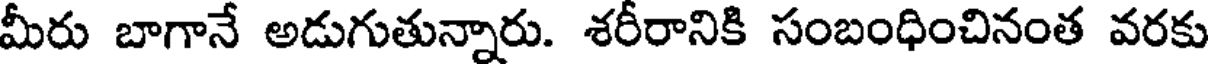
మీరు బాగానే అడుగుతున్నారు. శరీరానికి సంబంధించినంత వరకు